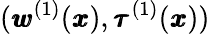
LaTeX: ({\pmb w}^{(1)}({\pmb x}),{\pmb\tau^{(1)}}({\pmb x}))